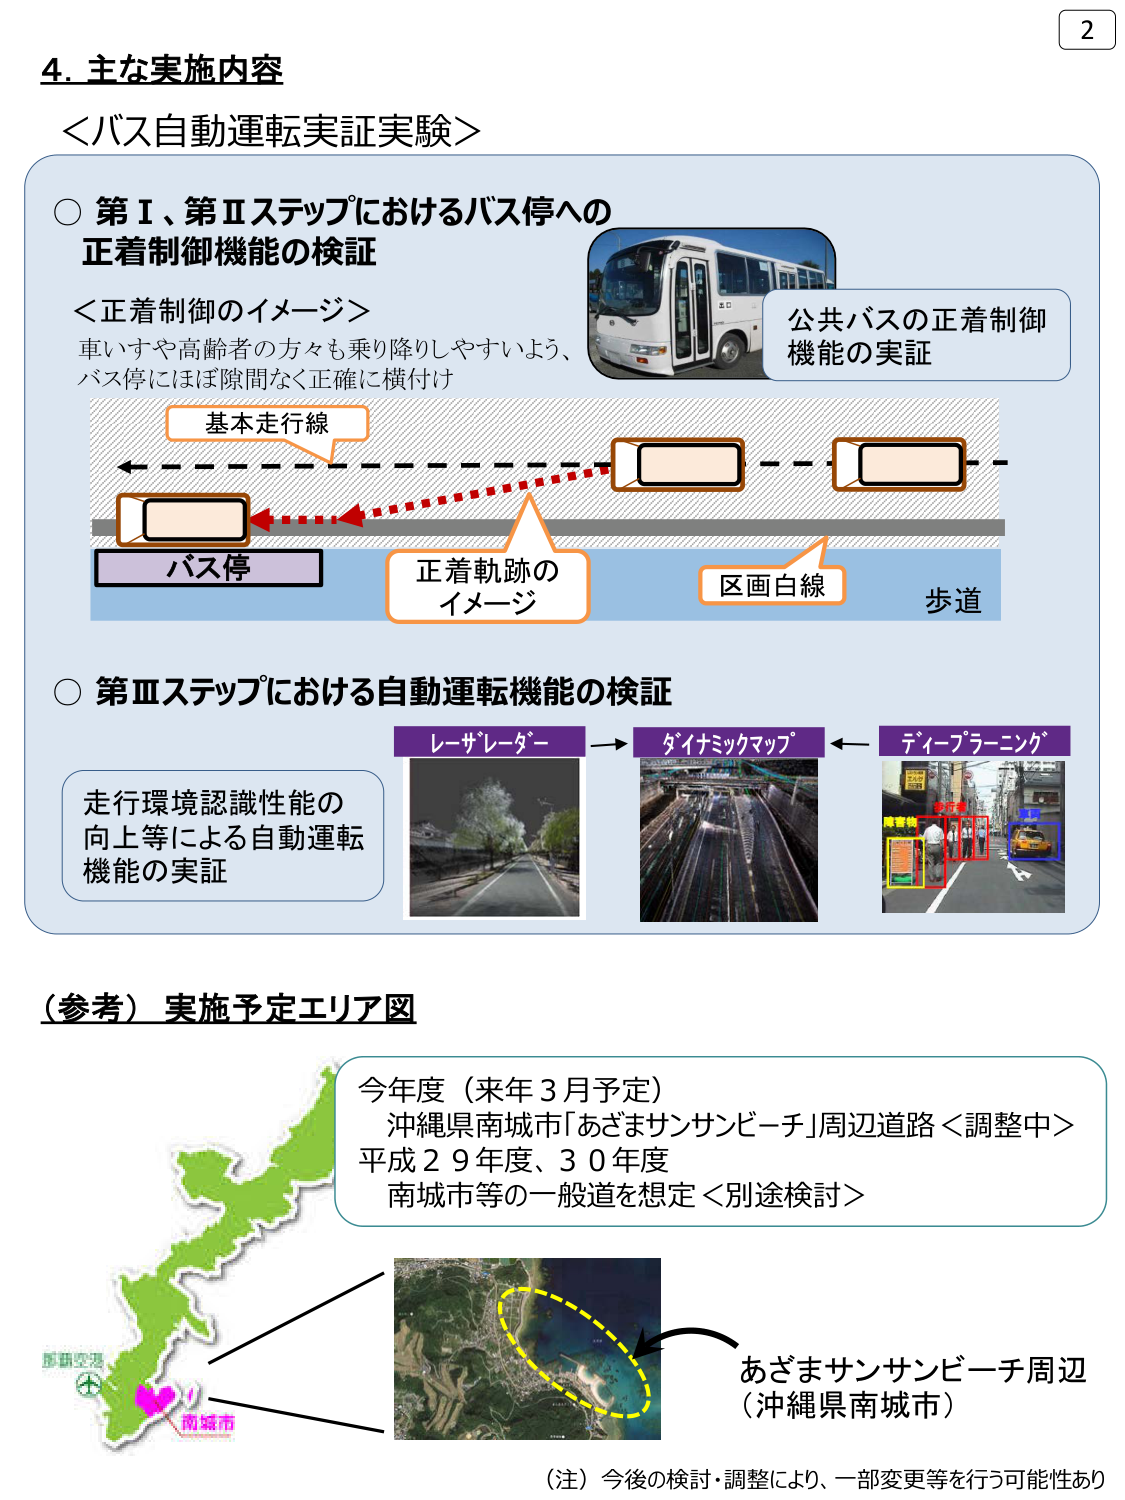
4. 主な実施内容
＜バス自動運転実証実験＞

○ 第Ⅰ、第Ⅱステップにおけるバス停への
正着制御機能の検証

＜正着制御のイメージ＞
車いすや高齢者の方々も乗り降りしやすいよう、
バス停にほぼ隙間なく正確に横付け

基本走行線
バス停
正着軌跡の
イメージ
区画白線
歩道

公共バスの正着制御
機能の実証

○ 第Ⅲステップにおける自動運転機能の検証

走行環境認識性能の
向上等による自動運転
機能の実証

レーザーレーダー → ダイナミックマップ ← ディープラーニング

（参考）実施予定エリア図

今年度（来年3月予定）
沖縄県南城市「あざまサンサンビーチ」周辺道路＜調整中＞
平成29年度、30年度
南城市等の一般道を想定＜別途検討＞

あざまサンサンビーチ周辺
（沖縄県南城市）

（注）今後の検討・調整により、一部変更等を行う可能性あり

2